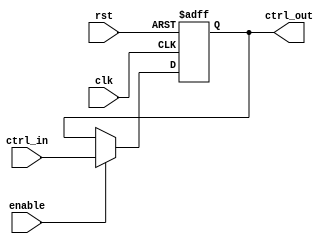
module ControlRegister (
    input wire clk,             // Clock signal
    input wire rst,             // Asynchronous reset signal
    input wire enable,          // Enable signal for updates
    input wire [N-1:0] ctrl_in, // Control inputs (N-bit wide)
    output reg [N-1:0] ctrl_out // Control outputs (N-bit wide)
);
    parameter N = 8; // Example width of the control register

    // Asynchronous reset behavior
    always @(posedge clk or posedge rst) begin
        if (rst) begin
            ctrl_out <= {N{1'b0}}; // Set to default state (all bits 0)
        end else if (enable) begin
            ctrl_out <= ctrl_in; // Update state based on control inputs
        end
        // If enable is low, retain previous state
    end
endmodule